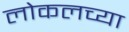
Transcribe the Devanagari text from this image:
लोकलच्या